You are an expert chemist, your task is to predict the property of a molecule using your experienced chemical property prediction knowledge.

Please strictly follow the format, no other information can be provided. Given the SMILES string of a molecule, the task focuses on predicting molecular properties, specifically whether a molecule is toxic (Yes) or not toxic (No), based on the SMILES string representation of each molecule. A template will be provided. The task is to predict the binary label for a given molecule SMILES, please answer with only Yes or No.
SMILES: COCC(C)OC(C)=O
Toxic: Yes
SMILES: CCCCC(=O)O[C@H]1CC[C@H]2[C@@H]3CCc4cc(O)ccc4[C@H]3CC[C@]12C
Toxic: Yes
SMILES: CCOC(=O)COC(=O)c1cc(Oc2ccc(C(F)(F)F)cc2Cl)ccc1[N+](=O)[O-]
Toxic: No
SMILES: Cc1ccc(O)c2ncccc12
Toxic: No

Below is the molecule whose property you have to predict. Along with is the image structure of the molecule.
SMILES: CCC(=O)OCc1ccccc1
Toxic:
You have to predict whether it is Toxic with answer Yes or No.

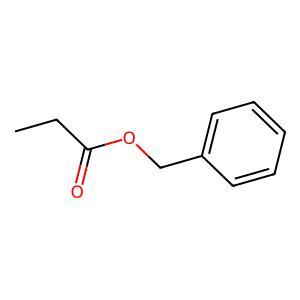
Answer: No